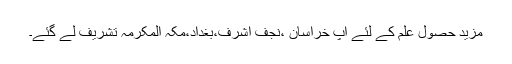
مزید حصولِ علم کے لئے آپ خراسان ،نجف اشرف،بغداد،مکہ المکرمہ تشریف لے گئے۔